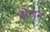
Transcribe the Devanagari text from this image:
भाेजन